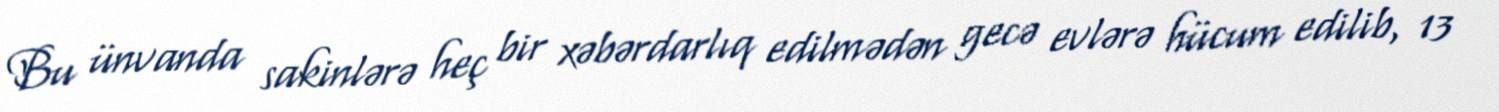
Bu ünvanda sakinlərə heç bir xəbərdarlıq edilmədən gecə evlərə hücum edilib, 13